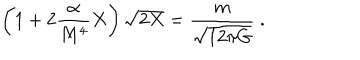
\left( 1 + 2 \frac { \alpha } { M ^ { 4 } } X \right) \sqrt { 2 X } = \frac { m } { \sqrt { 1 2 \pi G } } ~ .